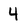
Character: 4